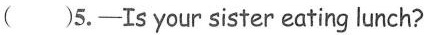
()5.-Is your sister eating lunch?